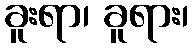
ခူးရာ၊ ခူရား၊